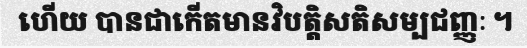
ហើយ បានជាកើតមានវិបត្តិសតិសម្បជញ្ញៈ ។